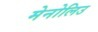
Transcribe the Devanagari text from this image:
मेनोलिउ